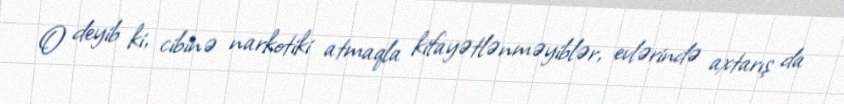
O deyib ki, cibinə narkotiki atmaqla kifayətlənməyiblər, evlərində axtarış da